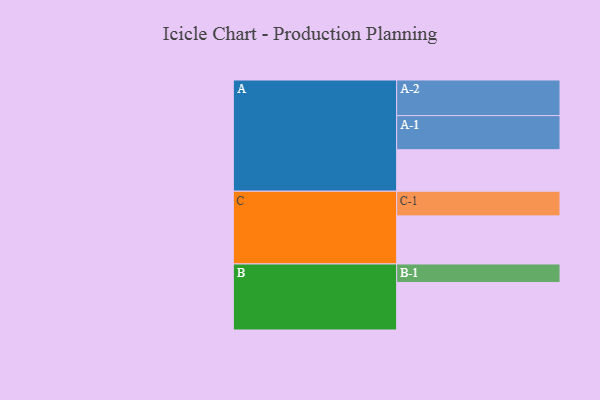
{"axis": {"x": "Segment", "y": "Value"}, "legend": ["", "A", "B", "C"], "data": [{"x": "A", "y": 303, "type": ""}, {"x": "B", "y": 347, "type": ""}, {"x": "C", "y": 351, "type": ""}, {"x": "A-1", "y": 249, "type": "A"}, {"x": "A-2", "y": 260, "type": "A"}, {"x": "B-1", "y": 135, "type": "B"}, {"x": "C-1", "y": 180, "type": "C"}]}